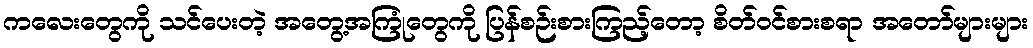
ကလေးတွေကို သင်ပေးတဲ့ အတွေ့အကြုံတွေကို ပြန်စဉ်းစားကြည့်တော့ စိတ်ဝင်စားစရာ အတော်များများ